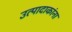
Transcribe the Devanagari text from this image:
उत्पादाकांना